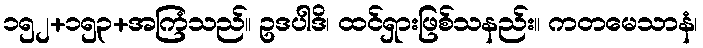
၁၅၂+၁၅၃+အကြံသည်။ ဥဒပါဒိ၊ ထင်ရှားဖြစ်သနည်း။ ကတမေသာနံ၊